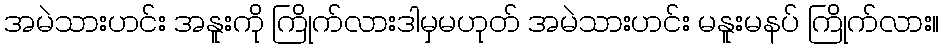
အမဲသားဟင်း အနူးကို ကြိုက်လားဒါမှမဟုတ် အမဲသားဟင်း မနူးမနပ် ကြိုက်လား။